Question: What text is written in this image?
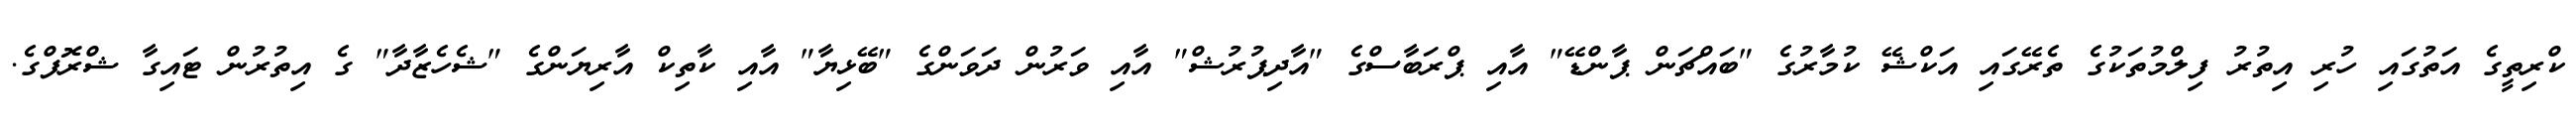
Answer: ކްރިތީގެ އަތުގައި ހުރި އިތުރު ފިލްމުތަކުގެ ތެރޭގައި އަކްޝޭ ކުމާރުގެ "ބައްޗަން ޕާންޑޭ" އާއި ޕްރަބާސްގެ "އާދިޕުރުޝް" އާއި ވަރުން ދަވަންގެ "ބޭޅިޔާ" އާއި ކާތިކް އާރިޔަންގެ "ޝެހެޒާދާ" ގެ އިތުރުން ޓައިގާ ޝްރޮފްގެ.